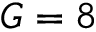
G = 8